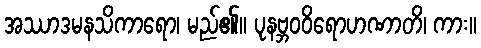
အဿာဒမနသိကာရော၊ မည်၏။ ပုနဗ္ဘဝဝိရောဟဏာတိ၊ ကား။